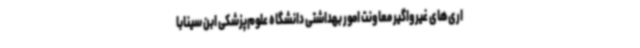
اری‌های غیرواگیر معاونت امور بهداشتی دانشگاه علوم‌پزشکی ابن سینابا